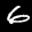
Label: 6